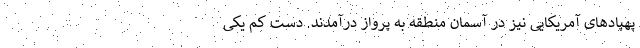
پهپادهای آمریکایی نیز در آسمان منطقه به پرواز درآمدند. دست کم یکی